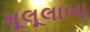
મૂલૂલાબા